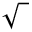
\sqrt { \phantom { b } }